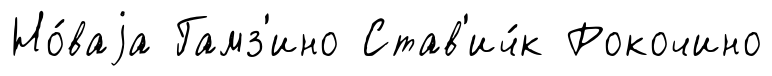
Но́ваjа Гамз'ино Став'ич́к Рокочино